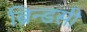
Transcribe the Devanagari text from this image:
ब्रिन्डसी